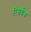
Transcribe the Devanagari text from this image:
रिसर्चेज